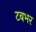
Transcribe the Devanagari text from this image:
टबभर